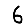
Digit: 6